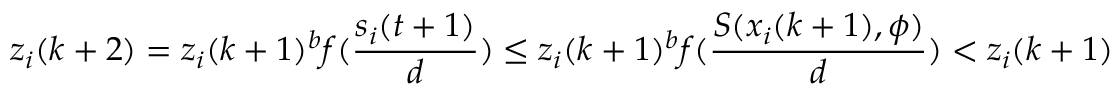
z _ { i } ( k + 2 ) = z _ { i } ( k + 1 ) ^ { b } f ( \frac { s _ { i } ( t + 1 ) } { d } ) \leq z _ { i } ( k + 1 ) ^ { b } f ( \frac { S ( x _ { i } ( k + 1 ) , \phi ) } { d } ) < z _ { i } ( k + 1 )